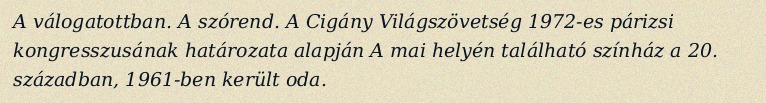
A válogatottban. A szórend. A Cigány Világszövetség 1972-es párizsi kongresszusának határozata alapján A mai helyén található színház a 20. században, 1961-ben került oda.